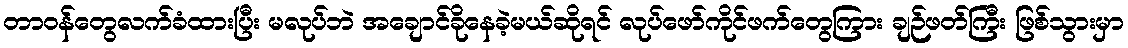
တာဝန်တွေလက်ခံထားပြီး မလုပ်ဘဲ အချောင်ခိုနေခဲ့မယ်ဆိုရင် လုပ်ဖော်ကိုင်ဖက်တွေကြား ချဉ်ဖတ်ကြီး ဖြစ်သွားမှာ